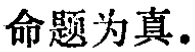
1.2.2.2  数学问题解决